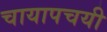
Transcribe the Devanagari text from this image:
चायापचयी